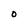
Character: O